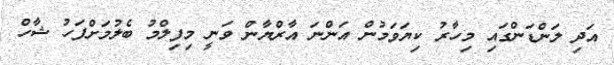
އަދި ލަންޑަންގައި މިހާރު ކިޔަވަމުން އަންނަ އާރްޔާން ވަނީ މިފިލްމު ބެލުމަށްފަހު ޝާހް